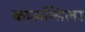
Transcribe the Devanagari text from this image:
काऊन्सिलर